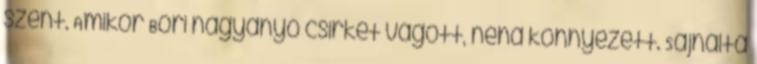
szent. Amikor Bori nagyanyó csirkét vágott, néha könnyezett. Sajnálta